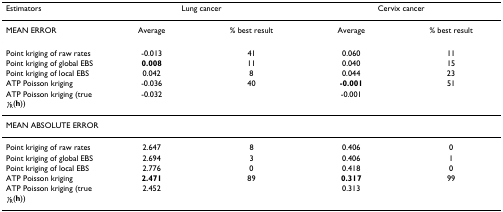
<table><thead><tr><td><b>Estimators</b></td><td colspan="2"><b>Lung cancer</b></td><td colspan="2"><b>Cervix cancer</b></td></tr></thead><tbody><tr><td>MEAN ERROR</td><td>Average</td><td>% best result</td><td>Average</td><td>% best result</td></tr><tr><td>Point kriging of raw rates</td><td>-0.013</td><td>41</td><td>0.060</td><td>11</td></tr><tr><td>Point kriging of global EBS</td><td><b>0.008</b></td><td>11</td><td>0.040</td><td>15</td></tr><tr><td>Point kriging of local EBS</td><td>0.042</td><td>8</td><td>0.044</td><td>23</td></tr><tr><td>ATP Poisson kriging</td><td>-0.036</td><td>40</td><td><b>-0.001</b></td><td>51</td></tr><tr><td>ATP Poisson kriging (true <i>γ</i><sub>R</sub>(<b>h</b>))</td><td>-0.032</td><td></td><td>-0.001</td><td></td></tr><tr><td colspan="5">MEAN ABSOLUTE ERROR</td></tr><tr><td>Point kriging of raw rates</td><td>2.647</td><td>8</td><td>0.406</td><td>0</td></tr><tr><td>Point kriging of global EBS</td><td>2.694</td><td>3</td><td>0.406</td><td>1</td></tr><tr><td>Point kriging of local EBS</td><td>2.776</td><td>0</td><td>0.418</td><td>0</td></tr><tr><td>ATP Poisson kriging</td><td><b>2.471</b></td><td>89</td><td><b>0.317</b></td><td>99</td></tr><tr><td>ATP Poisson kriging (true <i>γ</i><sub>R</sub>(<b>h</b>))</td><td>2.452</td><td></td><td>0.313</td><td></td></tr></tbody></table>